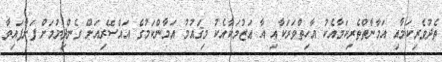
ތެދުވެރިކަމާއި އަމާނާތްތެރިކަމާއެކު އާހިތްވަރަކާއި އާ ޢަޒުމަކާއެކު މިޤައުމު އަމާންކަމުގެ އައްސޭރިއަށް ގެންދިޔުމަށް ފަށާފައިވާ